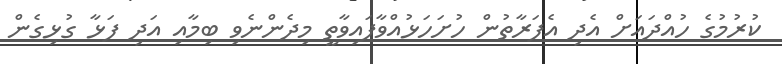
ކުރުމުގެ ހުއްދައަށް އެދި އެފަރާތުން ހުށަހަޅުއްވާފައިވާތީ މިދެންނެވި ބިމާއި އަދި ފަޅާ ގުޅިގެން